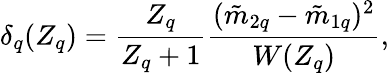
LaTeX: \delta_{q}(Z_{q})=\frac{Z_{q}}{Z_{q}+1}\frac{(\tilde{m}_{2q}-\tilde{m}_{1q})^{2}}{W(Z_{q})},